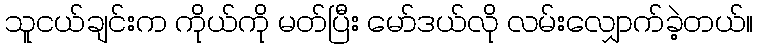
သူငယ်ချင်းက ကိုယ်ကို မတ်ပြီး မော်ဒယ်လို လမ်းလျှောက်ခဲ့တယ်။